Insane asylums in Bengal annual reports 1867-1875 - 1867-1875
Year: 1867
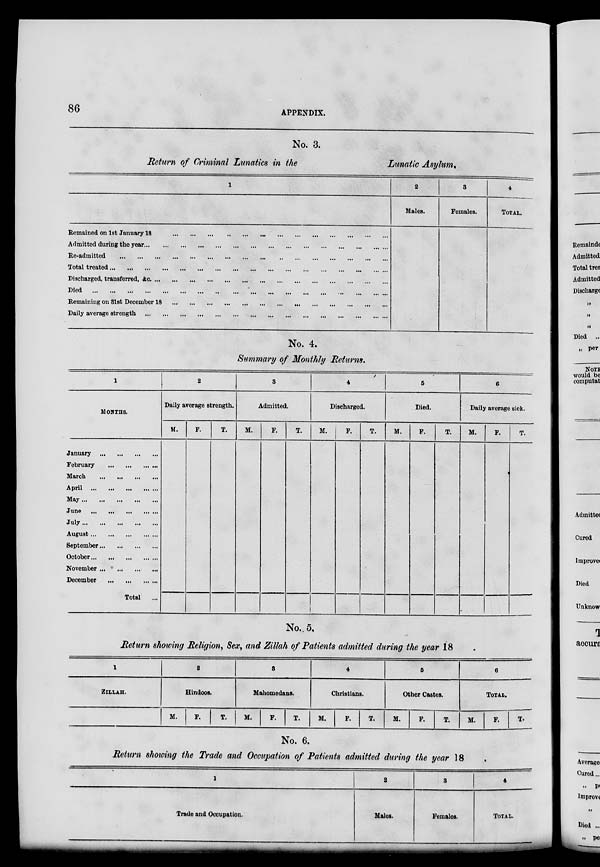
86
APPENDIX.
No. 3.
Return of Criminal Lunatics in the
Lunatic Asylum.
1
Remained on 1st January 18
...
...
...
...
...
...
...
...
...
...
...
...
...
Admitted during the year
...
...
...
...
...
...
...
...
...
...
...
...
...
...
...
Re-admitted
...
...
...
...
...
...
...
...
...
...
...
...
...
...
...
...
...
Total treated ... ... ... ... ... ... ... ... ... ... ... ... ... ... ... ... ...
Discharged, transferred, &c.
...
...
...
...
...
...
...
...
...
...
...
...
...
...
Died
...
...
...
...
...
...
...
...
...
...
...
...
...
...
...
...
...
...
Remaining on 31st December 18
...
...
...
...
...
...
...
...
...
...
...
...
...
Daily average strength
...
...
...
...
...
...
...
...
...
...
...
...
...
...
...
2
Males.
3
Females.
4
TOTAL
No. 4.
Summary of Monthly Returns.
1
MONTHS.
January
...
...
...
...
February
...
...
...
...
March
...
...
...
...
April ... ... ... ... ...
May...
...
...
...
...
June ... ... ... ... ...
July ... ... ... ... ...
August ... ... ... ... ...
September ... ... ... ...
October ... ... ... ... ...
November ...
...
...
...
December ... ... ... ...
Total ...
2
Daily average strength.
M.
F.
T.
3
Admitted.
M.
F.
T.
4
Discharged.
M.
F.
T.
5
Died.
M.
F.
T.
6
Daily average sick.
M.
F.
T.
No. 5.
Return showing Religion, Sex, and Zillah of Patients admitted during the year 18
1
ZILLAH.
2
Hindoos.
M.
F.
T.
3
Mahomedans.
M.
F.
T.
4
Christians.
M.
F.
T.
5
Other Castes.
M.
F.
T.
6
TOTAL.
M.
F.
T.
No. 6.
Return showing the Trade and Occupation of Patients admitted during the year 18
1
Trade and Occupation.
2
Males.
3
Females.
4
TOTAL.